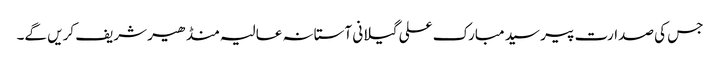
جس کی صدارت پیر سید مبارک علی گیلانی آستانہ عالیہ منڈھیر شریف کریں گے۔